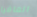
المافيا